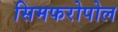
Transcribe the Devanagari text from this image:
सिमफरोपोल